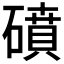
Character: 𥖀